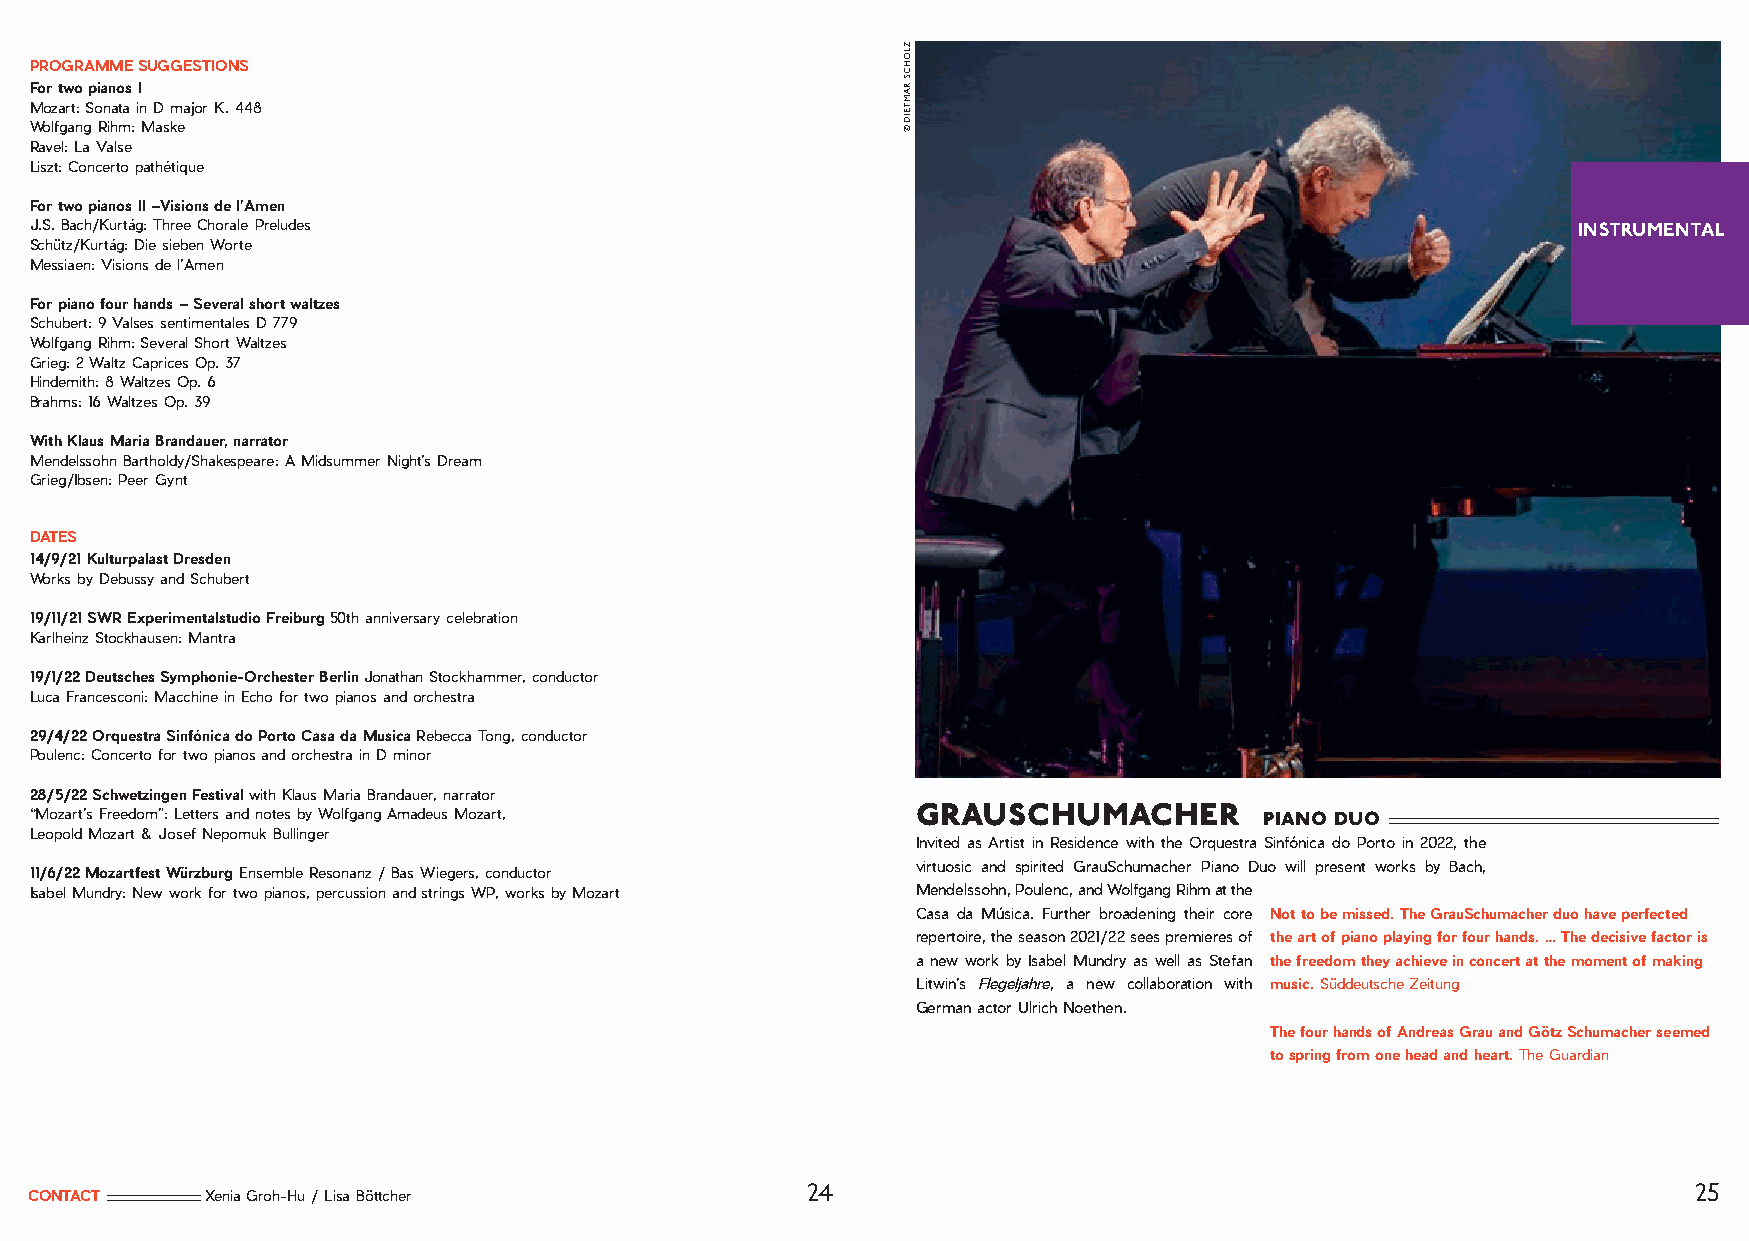
PROGRAMME SUGGESTIONS
 For two pianos I
 Mozart: Sonata in D major K. 448
 Wolfgang Rihm: Maske
 Ravel: La Valse
 Liszt: Concerto pathétique
 For two pianos II –Visions de l’Amen
 J.S. Bach/Kurtág: Three Chorale Preludes                                                              INSTRUMENTAL
 Schütz/Kurtág: Die sieben Worte
 Messiaen: Visions de l’Amen
 For piano four hands – Several short waltzes
 Schubert: 9 Valses sentimentales D 779
 Wolfgang Rihm: Several Short Waltzes
 Grieg: 2 Waltz Caprices Op. 37
 Hindemith: 8 Waltzes Op. 6
 Brahms: 16 Waltzes Op. 39
 With Klaus Maria Brandauer, narrator
 Mendelssohn Bartholdy/Shakespeare: A Midsummer Night’s Dream
 Grieg/Ibsen: Peer Gynt
 DATES
 14/9/21 Kulturpalast Dresden
 Works by Debussy and Schubert
 19/11/21 SWR Experimentalstudio Freiburg 50th anniversary celebration
 Karlheinz Stockhausen: Mantra
 19/1/22 Deutsches Symphonie-Orchester Berlin Jonathan Stockhammer, conductor
 Luca Francesconi: Macchine in Echo for two pianos and orchestra
 29/4/22 Orquestra Sinfónica do Porto Casa da Musica Rebecca Tong, conductor
 Poulenc: Concerto for two pianos and orchestra in D minor
 28/5/22 Schwetzingen Festival with Klaus Maria Brandauer, narrator
 grauschumacher
 “Mozart’s Freedom”: Letters and notes by Wolfgang Amadeus Mozart,                 piano duo
 Leopold Mozart & Josef Nepomuk Bullinger
 Invited as Artist in Residence with the Orquestra Sinfónica do Porto in 2022, the
 virtuosic and spirited GrauSchumacher Piano Duo will present works by Bach,
 11/6/22 Mozartfest Würzburg Ensemble Resonanz / Bas Wiegers, conductor
 Isabel Mundry: New work for two pianos, percussion and strings WP, works by Mozart Mendelssohn, Poulenc, and Wolfgang Rihm at the
 Casa da Música. Further broadening their core Not to be missed. The GrauSchumacher duo have perfected
 repertoire, the season 2021/22 sees premieres of the art of piano playing for four hands. … The decisive factor is
 a new work by Isabel Mundry as well as Stefan the freedom they achieve in concert at the moment of making
 Litwin’s Flegeljahre, a new collaboration with music. Süddeutsche Zeitung
 German actor Ulrich Noethen.
 The four hands of Andreas Grau and Götz Schumacher seemed
 to spring from one head and heart. The Guardian
 24                                                         25
 CONTACT     Xenia Groh-Hu / Lisa Böttcher
 ZLOHCS
 RAMTEID
 ©